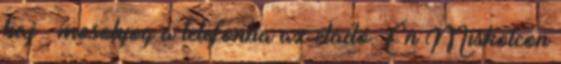
baj – mosolyog a telefonba az eladó. Én Miskolcon